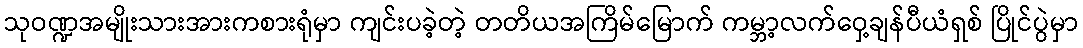
သုဝဏ္ဍအမျိုးသားအားကစားရုံမှာ ကျင်းပခဲ့တဲ့ တတိယအကြိမ်မြောက် ကမ္ဘာ့လက်ဝှေ့ချန်ပီယံရှစ် ပြိုင်ပွဲမှာ